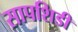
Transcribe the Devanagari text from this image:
सापशिडी